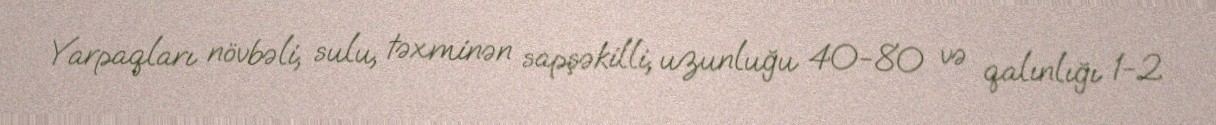
Yarpaqları növbəli, sulu, təxminən sapşəkilli, uzunluğu 40-80 və qalınlığı 1-2